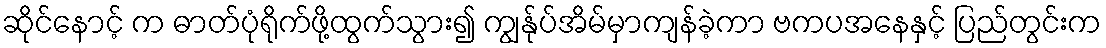
ဆိုင်နောင့် က ဓာတ်ပုံရိုက်ဖို့ထွက်သွား၍ ကျွန်ုပ်အိမ်မှာကျန်ခဲ့ကာ ဗကပအနေနှင့် ပြည်တွင်းက